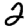
Digit: 2